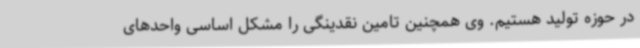
در حوزه تولید هستیم. وی همچنین تامین نقدینگی را مشکل اساسی واحدهای